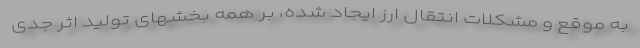
به موقع و مشکلات انتقال ارز ایجاد شده، بر همه بخشهای تولید اثر جدی